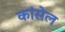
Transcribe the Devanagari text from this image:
कांसेल